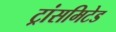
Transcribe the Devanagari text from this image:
ट्रांसमिटेड